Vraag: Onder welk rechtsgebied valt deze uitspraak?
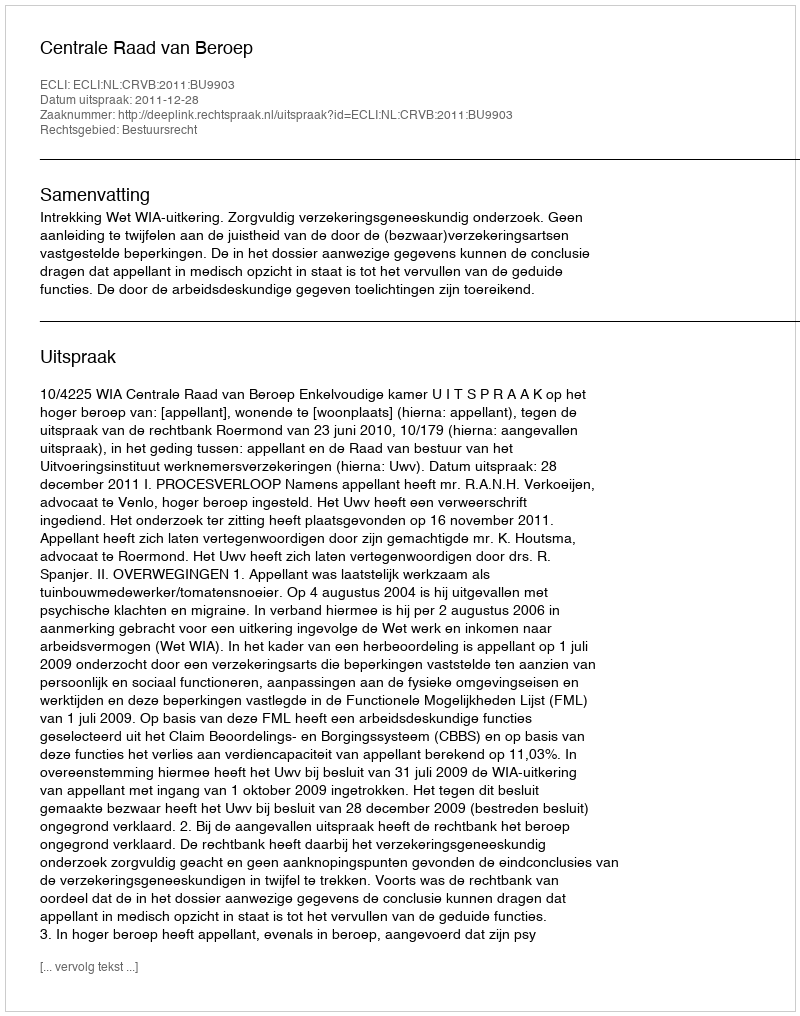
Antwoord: Bestuursrecht